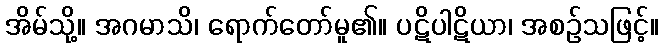
အိမ်သို့။ အဂမာသိ၊ ရောက်တော်မူ၏။ ပဋိပါဋိယာ၊ အစဉ်သဖြင့်။